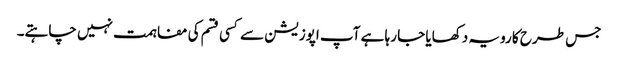
جس طرح کا رویہ دکھایا جا رہا ہے آپ اپوزیشن سے کسی قسم کی مفاہمت نہیں چاہتے۔